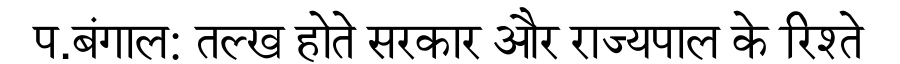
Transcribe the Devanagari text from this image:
प.बंगाल: तल्ख होते सरकार और राज्यपाल के रिश्ते